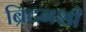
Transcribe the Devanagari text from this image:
ब्रिटनशी